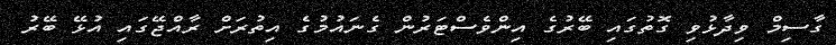
ގާސިމް ވިދާޅުވި ގޮތުގައި ބޭރުގެ އިންވެސްޓަރުން ގެނައުމުގެ އިތުރަށް ރާއްޖޭގައި އުޅޭ ބޭރު